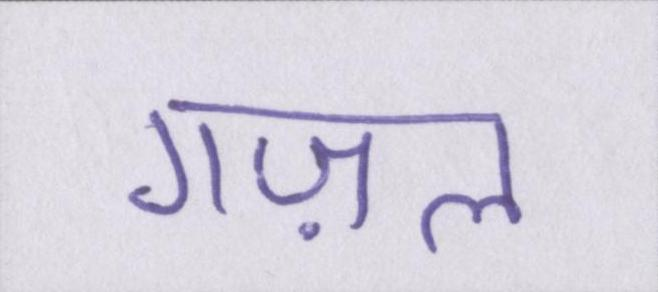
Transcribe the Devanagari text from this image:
गज़ल